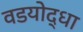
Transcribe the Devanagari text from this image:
वडयोद्धा